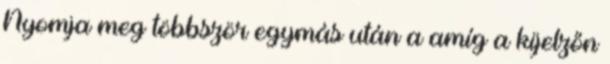
Nyomja meg többször egymás után a amíg a kijelzőn